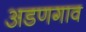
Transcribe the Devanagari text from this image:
अडणगाव